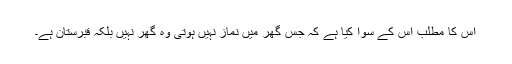
اس کا مطلب اس کے سوا کیا ہے کہ جس گھر میں نماز نہیں ہوتی وہ گھر نہیں بلکہ قبرستان ہے۔